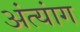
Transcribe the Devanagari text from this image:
अंत्यांग